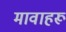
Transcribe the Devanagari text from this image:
मावाहरू